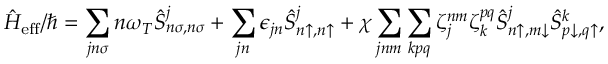
\hat { H } _ { \mathrm { e f f } } / \hbar = \sum _ { j n \sigma } n \omega _ { T } \hat { S } _ { n \sigma , n \sigma } ^ { j } + \sum _ { j n } \epsilon _ { j n } \hat { S } _ { n \uparrow , n \uparrow } ^ { j } + \chi \sum _ { j n m } \sum _ { k p q } \zeta _ { j } ^ { n m } \zeta _ { k } ^ { p q } \hat { S } _ { n \uparrow , m \downarrow } ^ { j } \hat { S } _ { p \downarrow , q \uparrow } ^ { k } ,